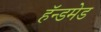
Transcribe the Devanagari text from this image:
हॅन्डमेड